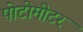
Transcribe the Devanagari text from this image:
पोटोमीटर